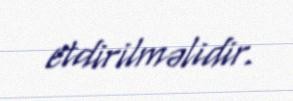
etdirilməlidir.